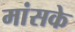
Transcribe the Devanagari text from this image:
मांसके